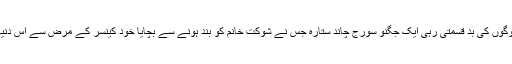
پاکستان کے لوگوں کی بد قسمتی رہی ایک جگنو سورج چاند ستارہ جس نے شوکت خانم کو بند ہونے سے بچایا خود کینسر کے مرض سے اس دنیا سے چلا گیا۔